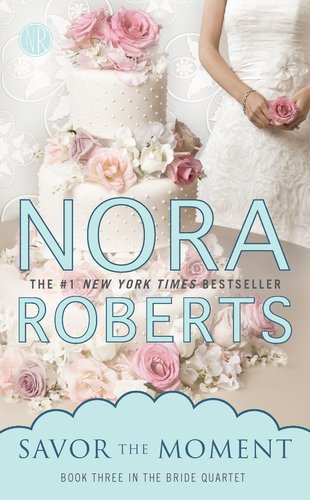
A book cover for Savor the Moment: Bride Quartet; Nora Roberts; Literature & Fiction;